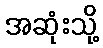
အဆုံးသို့